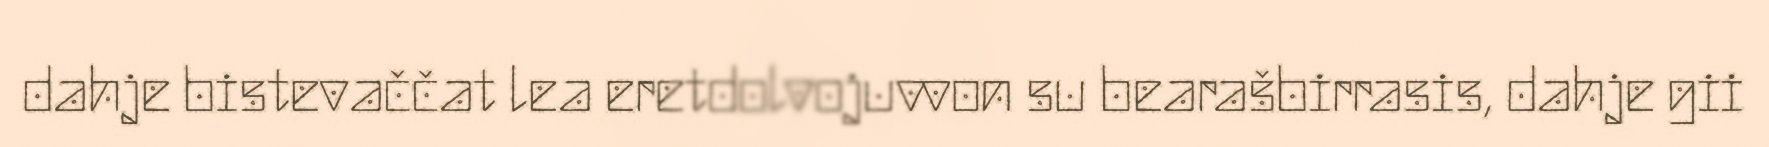
dahje bistevaččat lea eretdolvojuvvon su bearašbirrasis, dahje gii